Civil Veterinary Department. Madras. Admin. report 1926-33 - 1926-1933
Year: 1926
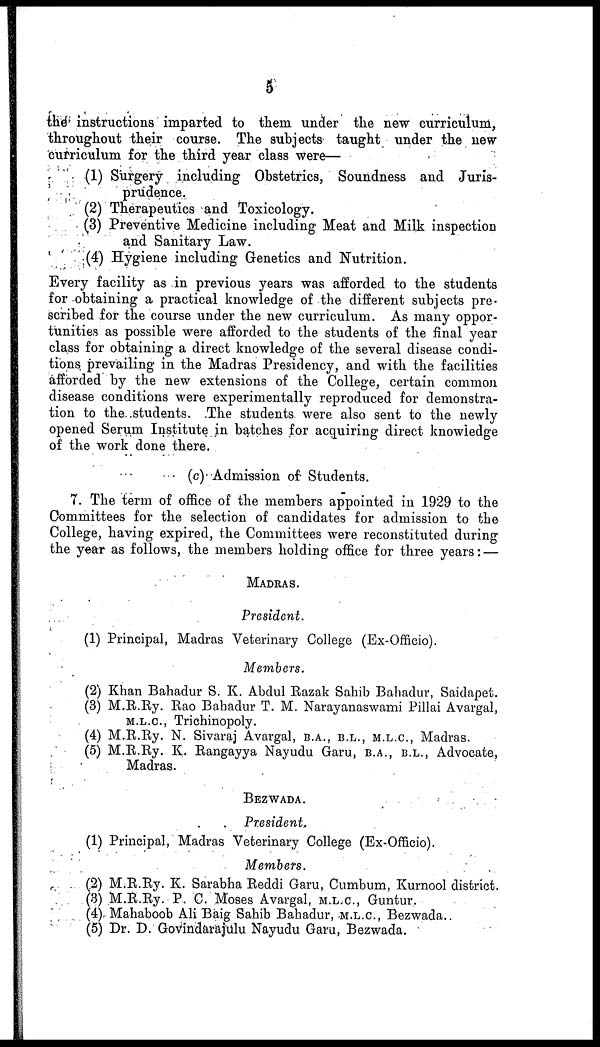
5
the instructions imparted to them under the new curriculum,
throughout their course. The subjects taught under the new
curriculum for the third year class were—
(1) Surgery including Obstetrics, Soundness and Juris-
prudence.
(2) Therapeutics and Toxicology.
(3) Preventive Medicine including Meat and Milk inspection
and Sanitary Law.
(4) Hygiene including Genetics and Nutrition.
Every facility as in previous years was afforded to the students
for obtaining a practical knowledge of the different subjects pre-
scribed for the course under the new curriculum. As many oppor-
tunities as possible were afforded to the students of the final year
class for obtaining a direct knowledge of the several disease condi-
tions prevailing in the Madras Presidency, and with the facilities
afforded by the new extensions of the College, certain common
disease conditions were experimentally reproduced for demonstra-
tion to the students. The students were also sent to the newly
opened Serum Institute in batches for acquiring direct knowledge
of the work done there.
(c) Admission of Students.
7. The term of office of the members appointed in 1929 to the
Committees for the selection of candidates for admission to the
College, having expired, the Committees were reconstituted during
the year as follows, the members holding office for three years: —
MADRAS.
President.
(1) Principal, Madras Veterinary College (Ex-Officio).
Members.
(2) Khan Bahadur S. K. Abdul Razak Sahib Bahadur, Saidapet.
(3) M.R.Ry. Rao Bahadur T. M. Narayanaswami Pillai Avargal,
M.L.C., Trichinopoly.
(4) M.R.Ry. N. Sivaraj Avargal, b.a., b.l., m.l.c., Madras.
(5) M.R.Ry. K. Rangayya Nayudu Garu, b.a., b.l., Advocate,
Madras.
BEZWADA.
President.
(1) Principal, Madras Veterinary College (Ex-Officio).
Members.
(2) M.R.Ry. K. Sarabha Reddi Garu, Cumbum, Kurnool district.
(3) M.R.Ry. P. C. Moses Avargal, m.l.c., Guntur.
(4) Mahaboob Ali Baig Sahib Bahadur, m.l.c., Bezwada.
(5) Dr. D. Govindarajulu Nayudu Garu, Bezwada.